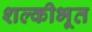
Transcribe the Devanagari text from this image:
शल्कीभूत